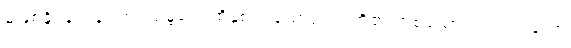
မဖြစ်နိုင်ခဲ့ကုန်။ တဒသမ္ဘဝေ၊ ထိုနှစ်ပါးသောဉာဏ်တို့၏ တစ်ယောက် တည်းသော